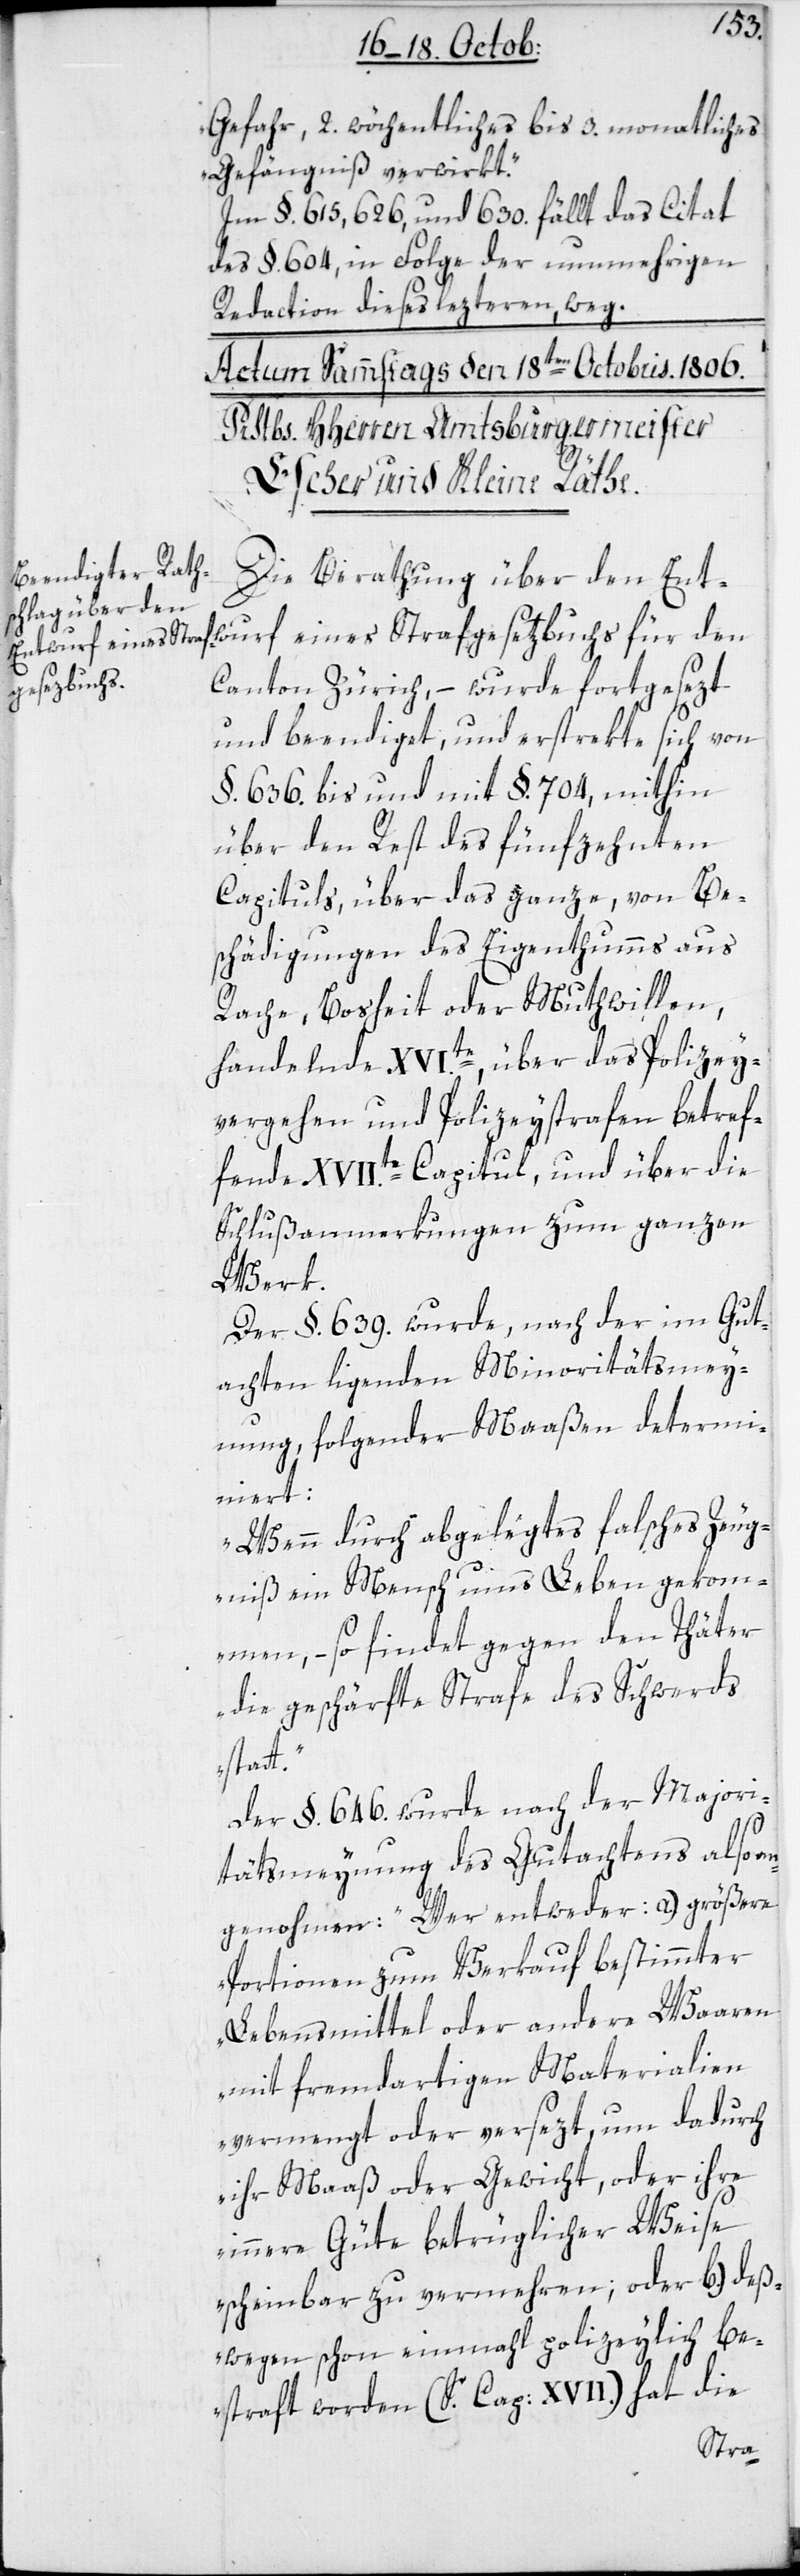
Gefahr, 2. wöchentliches bis 3. monatliches
Gefängnis verwirkt“.
Im §. 615, 626. und 630. fällt das Citat
des §. 604. in Folge der nunmehrigen
Redaction dieses lezteren weg.
Die Berathung über den Ent¬
gesetzbuchs
Canton Zürich, – wurde fortgesezt
und beendiget, und erstrekte sich vom
§. 636. bis und mit §. 704, mithin
über den Rest des fünfzehnten
Capituls, über das ganze, von Be¬
schädigungen des Eigenthumms aus
Rache, Bosheit oder Muthwillen,
handelnde XVI.te, über das Polizey¬
vergehen und Polizeystrafen betref¬
fende XVII.te Capitul, und über die
Schlußanmerkungen zum ganzen
Werk.
Der §. 639. wurde, nach der im Gut¬
achten ligenden Minoritätsmey¬
nung, folgender Maaßen determi¬
niert:
„Wenn durch abgelegtes falsches Zeug¬
niß ein Mensch ums Leben gekomm¬
en, – so findet gegen den Thäter
die geschärfte Strafe des Schwerds
Der §. 646. wurde nach der Majori¬
tätsmeynung des Gutachtens also an¬
genohmen: „Wer entweder: a.) größere
Portionen zum Verkauf bestimmter
Lebensmittel oder andere Waaren
mit fremdartigen Materialien
vermengt oder versezt, um dadurch
ihr Maß oder Gewicht oder ihre
innere Güte betrüglicher Weise
scheinbar zu vermehren; oder b.) deß¬
wegen schon einmal polizeylich be¬
straft worden (S. Cap: XVII.) hat die
Straf¬